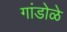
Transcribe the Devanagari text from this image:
गांडोळे